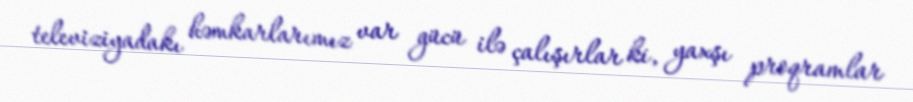
televiziyadakı həmkarlarımız var gücü ilə çalışırlar ki, yaxşı proqramlar